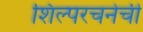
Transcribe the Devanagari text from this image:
शिल्परचनेची